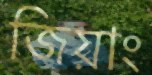
জিয়াং